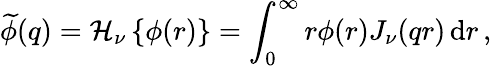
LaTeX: \widetilde{\phi}(q)=\mathcal{H}_{\nu}\left\{ \phi(r)\right\} =\int_{0}^{\infty}r\phi(r)J_{\nu}(qr)\, \mathrm{d}r\, ,